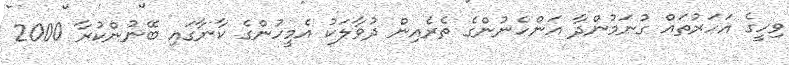
ވިހީގެ އަހަރުތައް ގުނަމުންދާ އަންހެނުންގެ ތެރެއިން ދުވާލަކު އެމީހުންގެ ކާނާގައި ބޭނުންކުރާ 2000